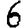
Digit: 6